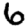
Digit: 6